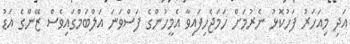
އަދި މިއަހަރު ފަހުކޮޅު ނެރުމަށް ހަމަޖެހިފައިވާ އެމީހުންގެ ފަސްވަނަ އަލްބަމްގައިިވެސް ޒޭންގެ އަޑު